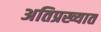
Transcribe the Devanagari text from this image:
अतिप्रख्यात